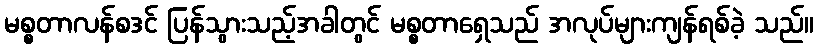
မစ္စတာလန်စဒင် ပြန်သွားသည့်အခါတွင် မစ္စတာရှေသည် အလုပ်များကျန်ရစ်ခဲ့ သည်။